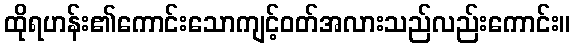
ထိုရဟန်း၏ကောင်းသောကျင့်ဝတ်အလားသည်လည်းကောင်း။